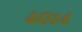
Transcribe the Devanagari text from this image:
४०१४